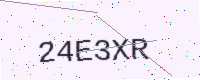
Text: 24E3XR